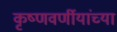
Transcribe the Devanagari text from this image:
कृष्णवर्णीयांच्या